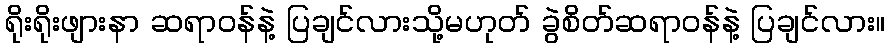
ရိုးရိုးဖျားနာ ဆရာဝန်နဲ့ ပြချင်လားသို့မဟုတ် ခွဲစိတ်ဆရာဝန်နဲ့ ပြချင်လား။